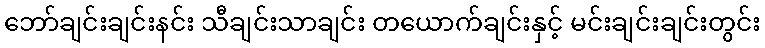
ဘော်ချင်းချင်းနင်း သီချင်းသာချင်း တယောက်ချင်းနှင့် မင်းချင်းချင်းတွင်း